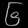
Digit: ၆